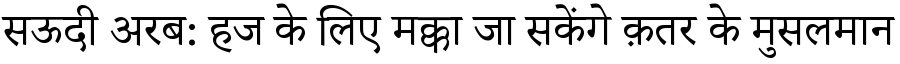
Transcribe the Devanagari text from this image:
सऊदी अरब: हज के लिए मक्का जा सकेंगे क़तर के मुसलमान